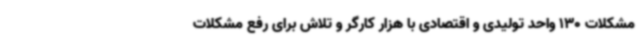
مشکلات 130 واحد تولیدی و اقتصادی با هزار کارگر و تلاش برای رفع مشکلات